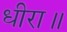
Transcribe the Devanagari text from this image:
धीरा॥